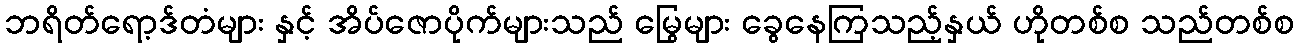
ဘရိတ်ရော့ဒ်တံများ နှင့် အိပ်ဇောပိုက်များသည် မြွေများ ခွေနေကြသည့်နှယ် ဟိုတစ်စ သည်တစ်စ